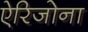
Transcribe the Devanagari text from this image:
ऐरिजोना